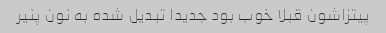
پیتزاشون قبلا خوب بود جدیدا تبدیل شده به نون پنیر